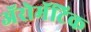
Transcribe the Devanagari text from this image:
अॅरोमॅटिक